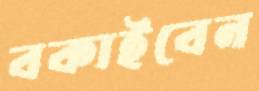
বকাইবেন